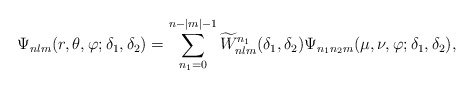
\begin{align*}\Psi_{nlm}(r,\theta,\varphi;\delta_1,\delta_2) =\sum_{n_1=0}^{n-|m|-1} \widetilde W _{nlm}^{n_1}(\delta_1,\delta_2)\Psi_{n_1 n_2 m}(\mu,\nu,\varphi;\delta_1,\delta_2),\end{align*}